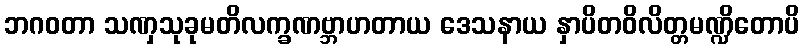
ဘဂဝတာ သဏှသုခုမတိလက္ခဏဗ္ဘာဟတာယ ဒေသနာယ နှာပိတဝိလိတ္တမဏ္ဍိတောပိ